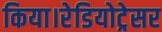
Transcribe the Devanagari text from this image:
किया।रेडियोट्रेसर